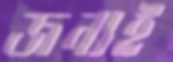
জন্যই